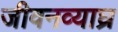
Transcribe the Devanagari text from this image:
जीवनव्याघ्र